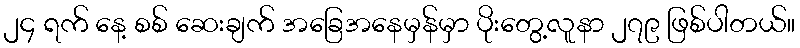
၂၄ ရက် နေ့ စစ် ဆေးချက် အခြေအနေမှန်မှာ ပိုးတွေ့လူနာ ၂၇၉ ဖြစ်ပါတယ်။